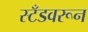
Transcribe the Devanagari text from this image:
स्टँडवरून